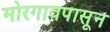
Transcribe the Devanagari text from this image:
मोरगावपासून